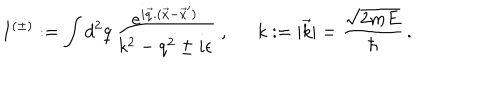
I ^ { ( \pm ) } : = \int d ^ { 2 } q \, \frac { e ^ { i \vec { q } . ( \vec { x } - \vec { x } ^ { \prime } ) } } { k ^ { 2 } - q ^ { 2 } \pm i \epsilon } \; , k : = | \vec { k } | = \frac { \sqrt { 2 m E } } { \hbar } \, .